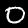
Digit: 0